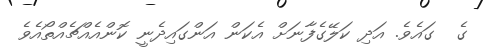
ގެ  ގައެވެ. އަދި ކަލޭގެފާނަށް އެކަން އަންގައިދެނީ ކޮންއެއްޗެއްތޯއެވެ